Document type: Sale
Year: 1440
Scribe: Pere Pau Pujades
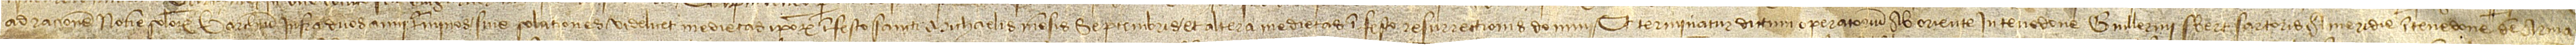
ad raciones novem solidorum Barchinone infra duos anni terminos sive solutiones, videlicet, medietas ipsorum in festo Sancti Michaelis mensis septembris, et altera medietas in festo Resurrectionis Domini. Et terminatur dictum operatorium ab oriente in tenedone Guillermi Sbert, sartoris; a meridie in tenedone d’en Arma-